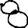
Digit: 8